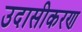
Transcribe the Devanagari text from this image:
उदासीकरण